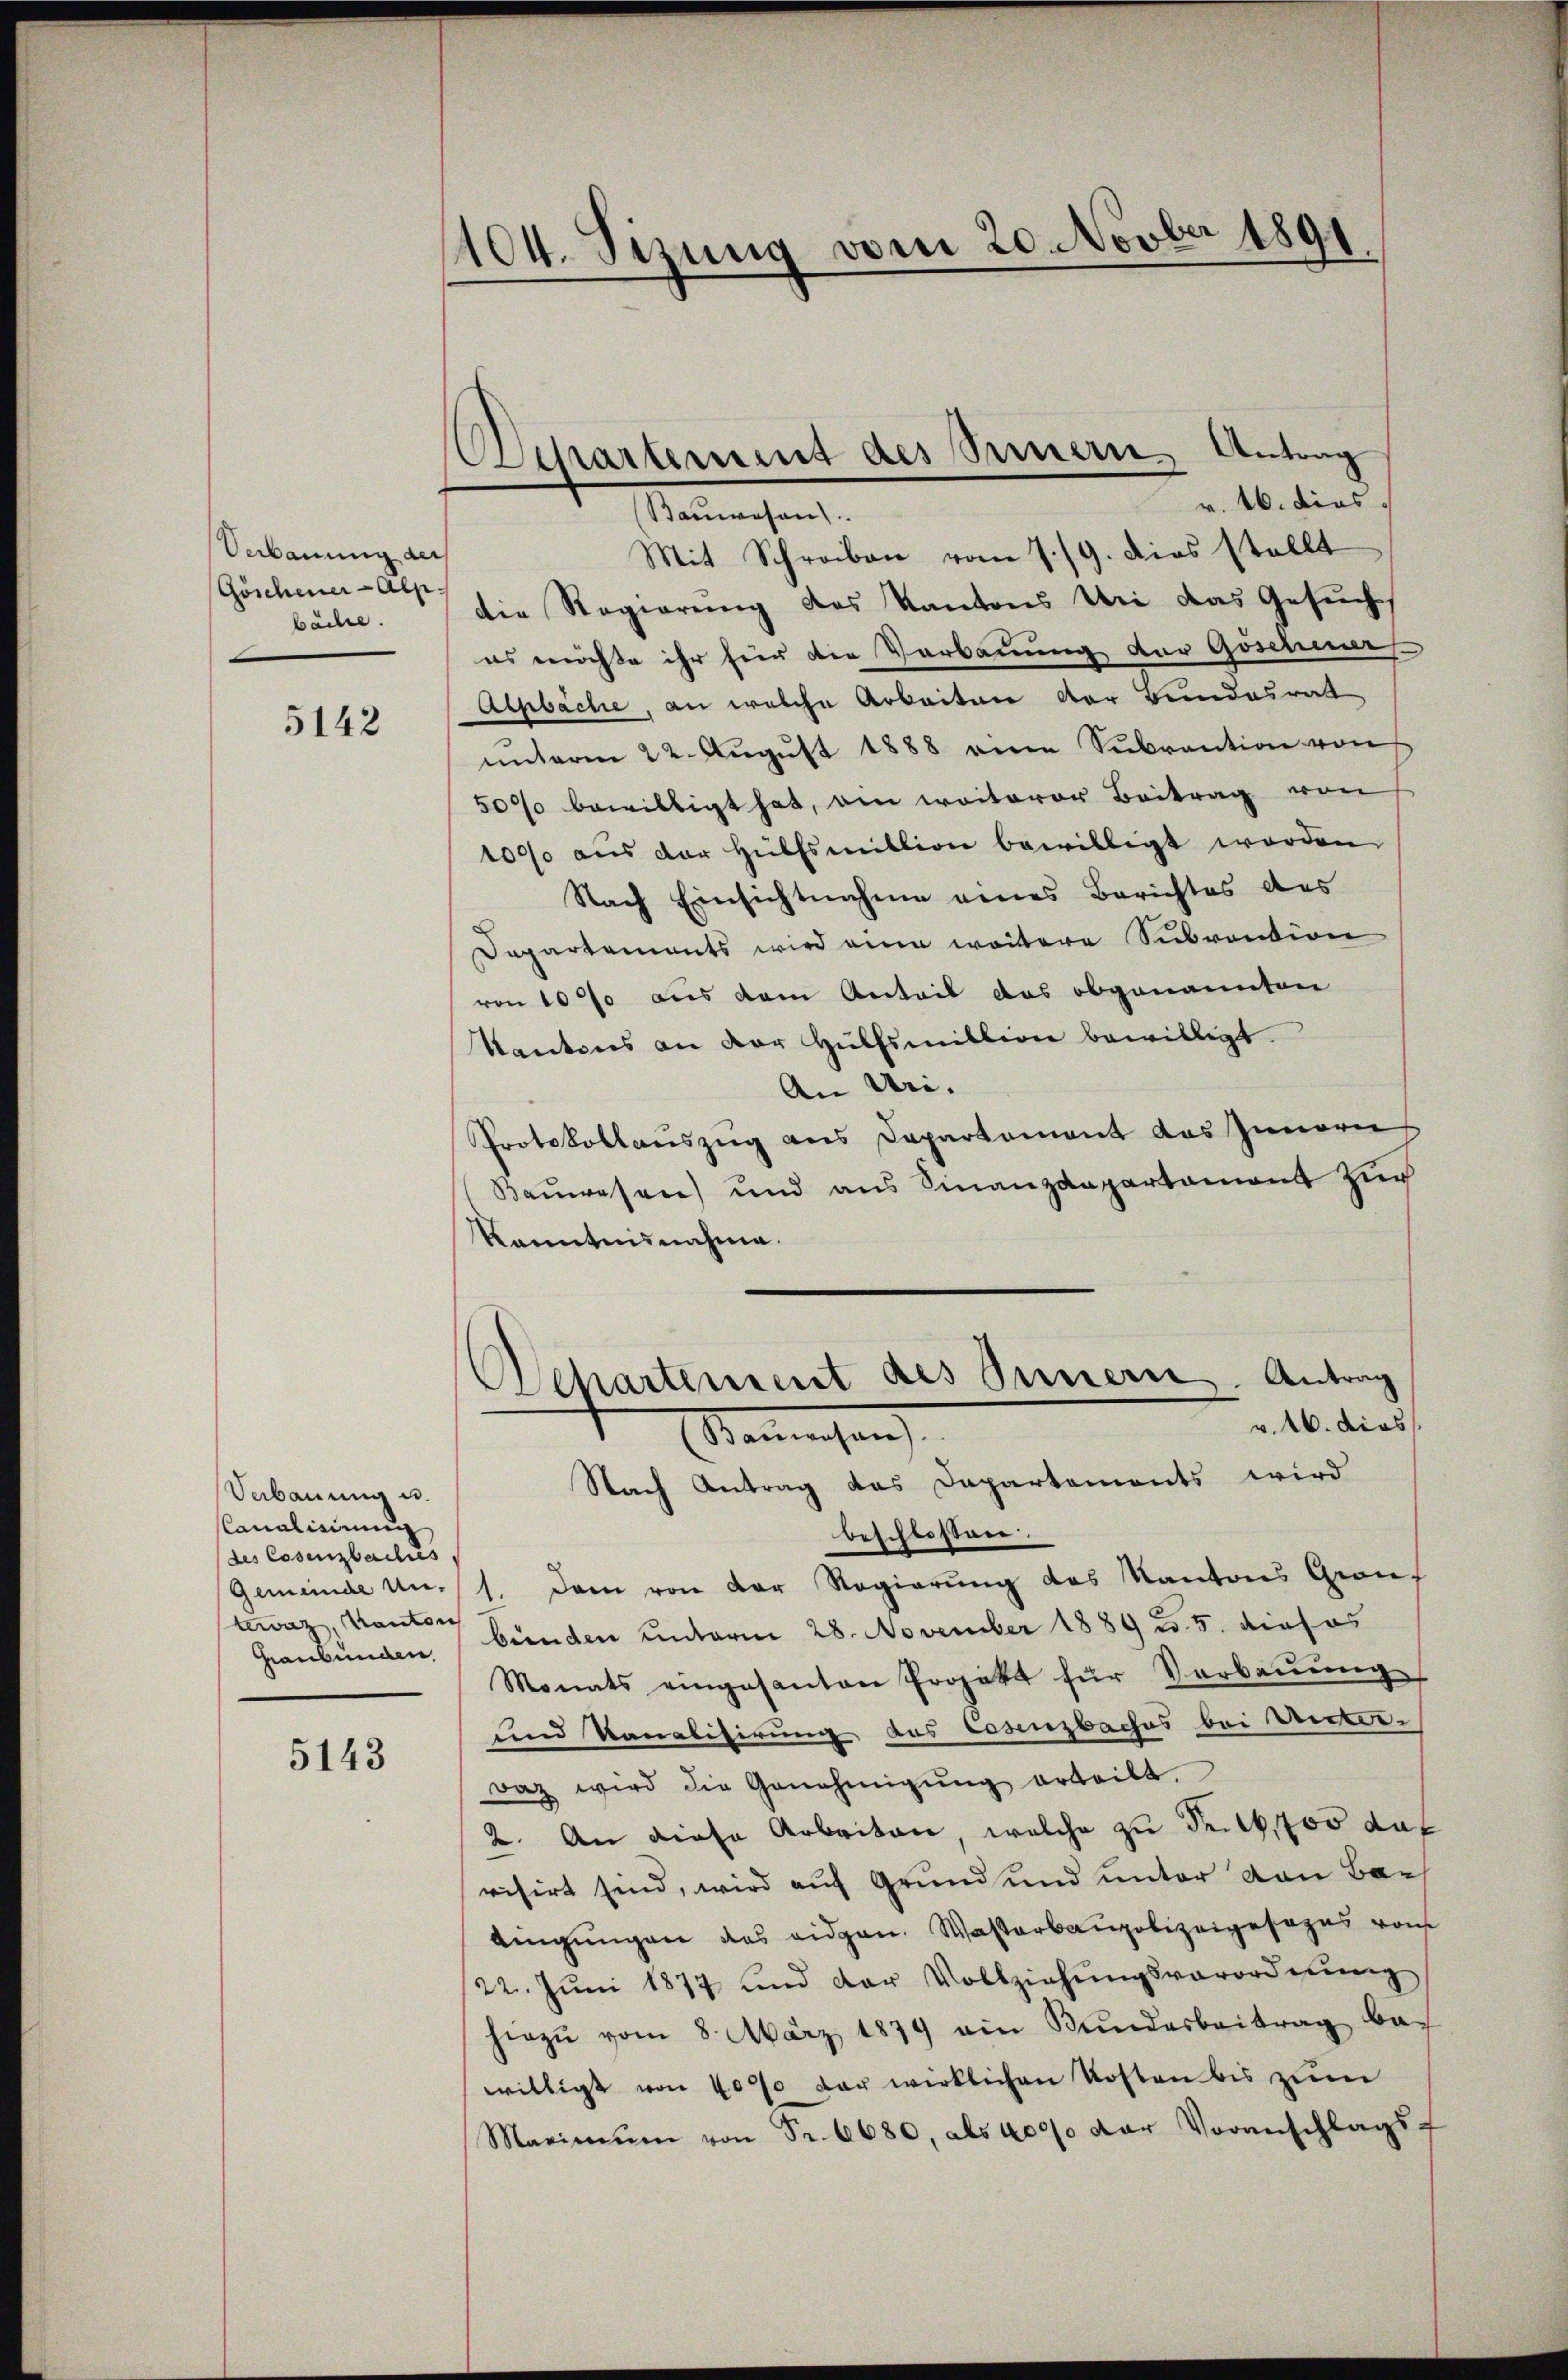
Verbauung der
Göschener-Alp.
bäche.

5142

Verbauung u.
CCanalierung
des Cosenzbaches,
tewaz, Kanton
Graubünden,

5143

1104. Sizung vom 20. Novber 1891.

Departement des Sinnern, Antrag
v. 16. dies.

Bauwesen
Mit Schreiben vom 7./9. dies stellt
die Regierung des Kantons Uri das Gesuch,
es möchte ihr für die Verkannung der Goscheners
Alpbäche, an welche Arbeiten der Bundesrat
unterm 22. Aŭgŭst 1888 eine Subvention von
5000 bewilligt hat, ein weiterer Beitrag von
1000 aŭs der Hülfsmittion bewilligt worden.
Nach Einsichtnahme eines Berichtes des
Departements wird eine weitere Subvention
von 10% aus dem Anteil das obgenannten
Kantons an der Hülfsmittion bewilligt.
An Uri- |
Protokollauszug aus Departement das Innern
Baŭwesen und ans Finanzdepartament zŭr
Kenntnisnahme.
Aschartement des Innern. Antrag
v. 16. dies
Nannchen
Nach Antrag das Departements wird
beschlossen.
Gemeinde Un- 1. Dem von der Regierung des Kantons Grauf
bunden unterm 28. November 1889 w. 5. dieses
Monats eingesanten Projekt für Verbaŭŭng
und Kanalisirung das Cosenzbaches bei Unter-
raz wird die Genehmigŭng erteilt.
2. An diese Arbeiten, welche zu Fr. 14,700 das
visirt sind, wird auf Grund und unter von Bar
dingungen des eidgen. Wasterbaupolizeigesezes von
22. Jŭni 1877 und der Vollziehŭngsverordnŭng
hiezŭ vom 8. März 1879 am Bŭndesbeitrag be-
willigt von 4000 der wirklichen Kosten bis zum
Maximŭm von Fr. 6680, als 4000 der Voranschlagsf